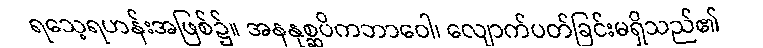
ရသေ့ရဟန်းအဖြစ်၌။ အနနုစ္ဆပိကဘာဝေါ၊ လျောက်ပတ်ခြင်းမရှိသည်၏